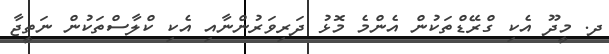
ދ. މީދޫ އެކި ގްރޭޑްތަކުން އެންމެ މޮޅު ދަރިވަރުންނާއި އެކި ކްލާސްތަކުން ނަތީޖާ